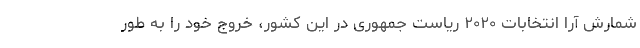
شمارش آرا انتخابات ۲۰۲۰ ریاست جمهوری در این کشور، خروج خود را به طور